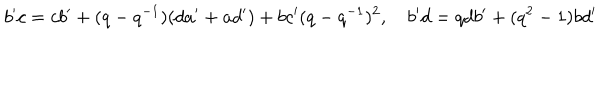
b ^ { \prime } c = c b ^ { \prime } + ( q - q ^ { - 1 } ) ( d a ^ { \prime } + a d ^ { \prime } ) + b c ^ { \prime } ( q - q ^ { - 1 } ) ^ { 2 } , \quad b ^ { \prime } d = q d b ^ { \prime } + ( q ^ { 2 } - 1 ) b d ^ { \prime }